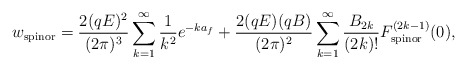
\begin{align*}w_{\rm spinor} = \frac{2(qE)^2}{(2 \pi)^3} \sum_{k = 1}^{\infty}\frac{1}{k^2} e^{- k a_f} + \frac{2(qE)(qB)}{(2 \pi)^2} \sum_{k = 1}^{\infty} \frac{B_{2k}}{(2k)!} F_{\rm spinor}^{(2k-1)} (0), \end{align*}